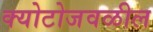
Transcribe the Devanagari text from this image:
क्योटोजवळील